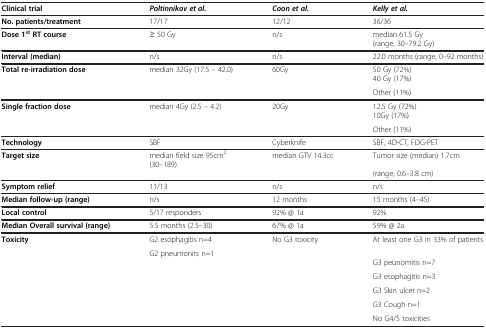
| Clinical trial | Poltinnikov et al. | Coon et al. | Kelly et al. |
 | --- | --- | --- | --- |
 | No. patients/treatment | 17/17 | 12/12 | 36/36 |
 | Dose 1stRT course | ≥ 50 Gy | n/s | median 61.5 Gy |
 | <COLSPAN=3>  | (range, 30–79.2 Gy) |
 | Interval (median) | n/s | n/s | 22.0 months (range, 0–92 months) |
 | <ROWSPAN=2> Total re-irradiation dose | <ROWSPAN=2> median 32Gy (17.5 – 42.0) | <ROWSPAN=2> 60Gy | 50 Gy (72%) |
 | 40 Gy (17%) |
 | <COLSPAN=3>  | Other (11%) |
 | <ROWSPAN=2> Single fraction dose | <ROWSPAN=2> median 4Gy (2.5 – 4.2) | <ROWSPAN=2> 20Gy | 12.5 Gy (72%) |
 | 10Gy (17%) |
 | <COLSPAN=3>  | Other (11%) |
 | Technology | SBF | Cyberknife | SBF, 4D-CT, FDG-PET |
 | <ROWSPAN=2> Target size | median field size 95cm2 | <ROWSPAN=2> median GTV 14.3cc | <ROWSPAN=2> Tumor size (median) 1.7cm |
 | <ROWSPAN=2> (30–189) |
 | <COLSPAN=3>  | (range, 0.6–3.8 cm) |
 | Symptom relief | 11/13 | n/s | n/s |
 | Median follow-up (range) | n/s | 12 months | 15 months (4–45) |
 | Local control | 5/17 responders | 92% @ 1a | 92% |
 | Median Overall survival (range) | 5.5 months (2.5–30) | 67% @ 1a | 59% @ 2a |
 | Toxicity | G2 esophagitis n=4 | No G3 toxicity | At least one G3 in 33% of patients |
 |  | G2 pneumonits n=1 | <COLSPAN=2>  |
 | <COLSPAN=3>  | G3 peunomitis n=7 |
 | <COLSPAN=3>  | G3 esophagitis n=3 |
 | <COLSPAN=3>  | G3 Skin ulcer n=2 |
 | <COLSPAN=3>  | G3 Cough n=1 |
 | <COLSPAN=3>  | No G4/5 toxicities |